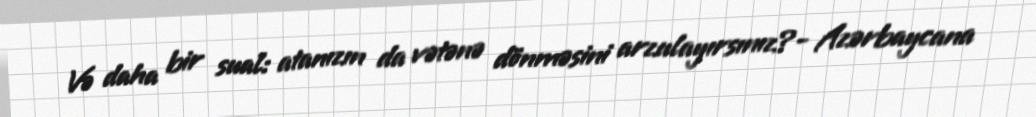
Və daha bir sual: atanızın da vətənə dönməsini arzulayırsınız?- Azərbaycana